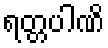
ရတ္တပါဏိ